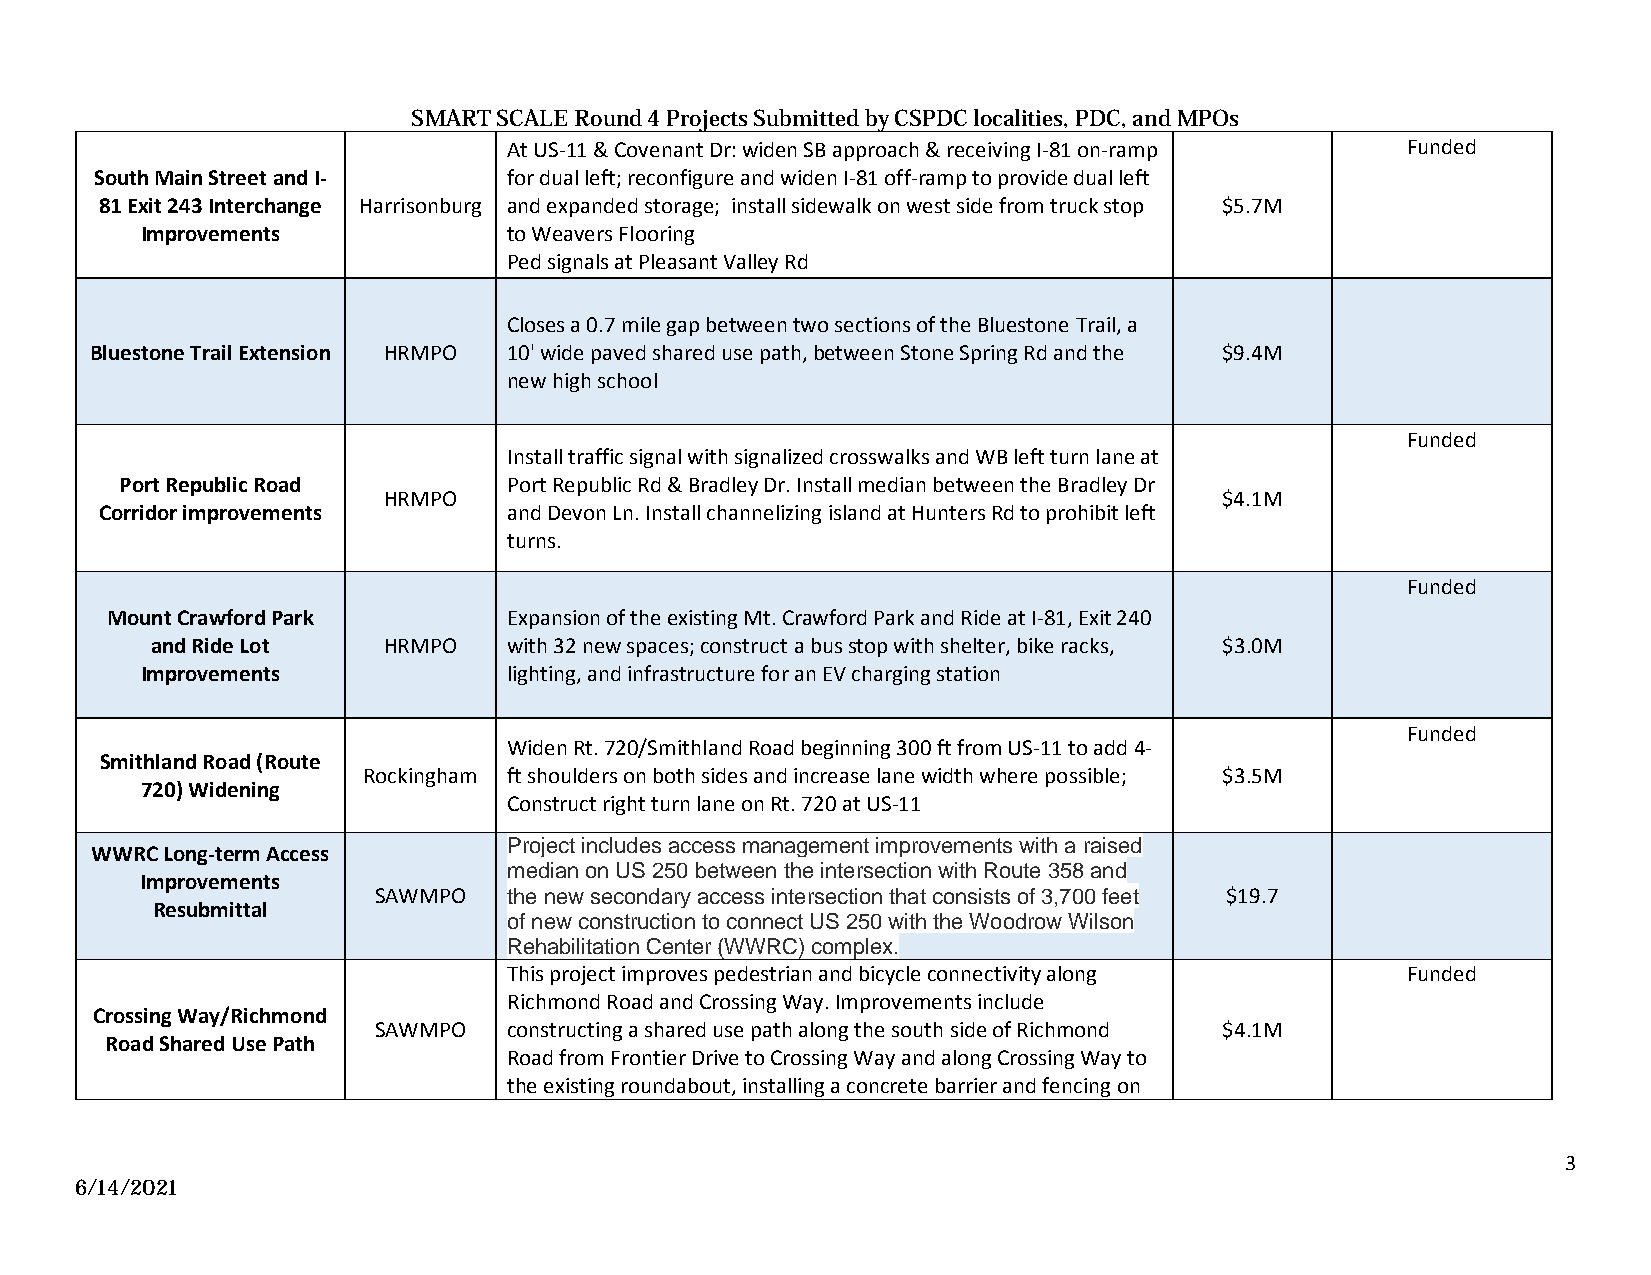
SMART SCALE Round 4 Projects Submitted by CSPDC localities, PDC, and MPOs
 At US-11 & Covenant Dr: widen SB approach & receiving I-81 on-ramp Funded
 South Main Street and I-    for dual left; reconfigure and widen I-81 off-ramp to provide dual left
 81 Exit 243 Interchange Harrisonburg and expanded storage; install sidewalk on west side from truck stop $5.7M
 Improvements             to Weavers Flooring
 Ped signals at Pleasant Valley Rd
 Closes a 0.7 mile gap between two sections of the Bluestone Trail, a
 Bluestone Trail Extension HRMPO 10' wide paved shared use path, between Stone Spring Rd and the $9.4M
 new high school
 Funded
 Install traffic signal with signalized crosswalks and WB left turn lane at
 Port Republic Road        Port Republic Rd & Bradley Dr. Install median between the Bradley Dr
 HRMPO                                                   $4.1M
 Corridor improvements      and Devon Ln. Install channelizing island at Hunters Rd to prohibit left
 turns.
 Funded
 Mount Crawford Park        Expansion of the existing Mt. Crawford Park and Ride at I-81, Exit 240
 and Ride Lot   HRMPO    with 32 new spaces; construct a bus stop with shelter, bike racks, $3.0M
 Improvements             lighting, and infrastructure for an EV charging station
 Funded
 Widen Rt. 720/Smithland Road beginning 300 ft from US-11 to add 4-
 Smithland Road (Route
 Rockingham ft shoulders on both sides and increase lane width where possible; $3.5M
 720) Widening
 Construct right turn lane on Rt. 720 at US-11
 Project includes access management improvements with a raised
 WWRC Long-term Access
 median on US 250 between the intersection with Route 358 and
 Improvements
 SAWMPO   the new secondary access intersection that consists of 3,700 feet $19.7
 Resubmittal
 of new construction to connect US 250 with the Woodrow Wilson
 Rehabilitation Center (WWRC) complex.
 This project improves pedestrian and bicycle connectivity along Funded
 Richmond Road and Crossing Way. Improvements include
 Crossing Way/Richmond
 SAWMPO   constructing a shared use path along the south side of Richmond $4.1M
 Road Shared Use Path
 Road from Frontier Drive to Crossing Way and along Crossing Way to
 the existing roundabout, installing a concrete barrier and fencing on
 3
 6/14/2021